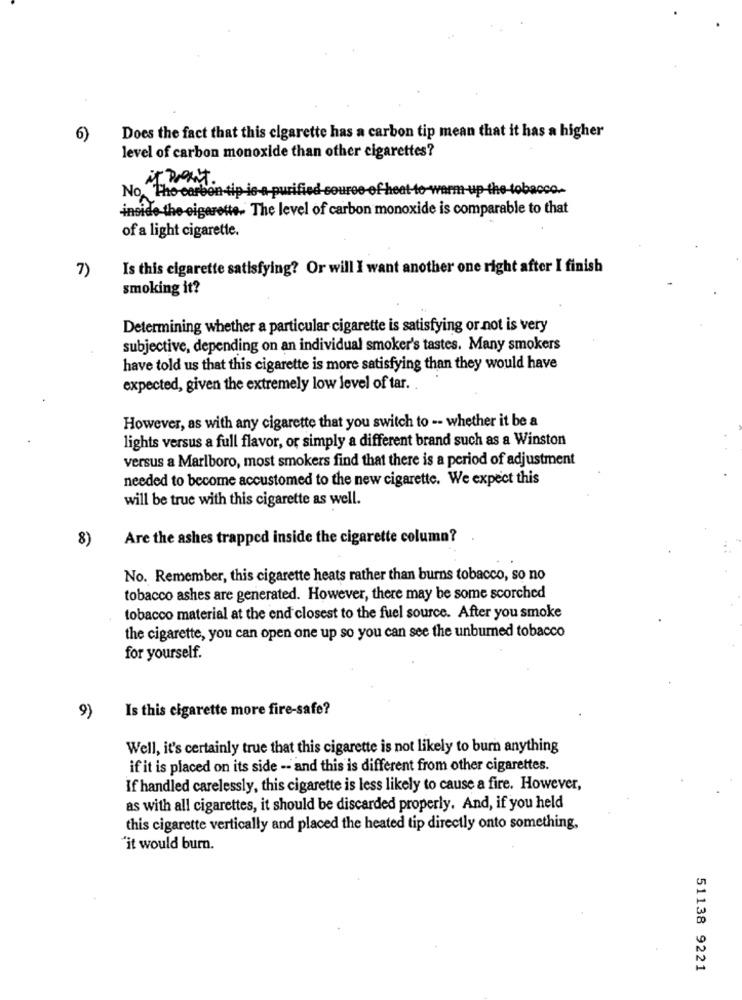
6)
Does the fact that this cigarette has a carbon tip mean that it has a higher
level of carbon monoxide than other cigarettes?
it won't
No, The carbon-tip-is-a-purified source of heat-to-warm-up the tobacco.
inside the -cigarette- The level of carbon monoxide is comparable to that
of a light cigarette.
Is this cigarette satisfying? Or will I want another one right after I finish
7)
smoking it?
Determining whether a particular cigarette is satisfying or not is very
subjective, depending on an individual smoker's tastes. Many smokers
have told us that this cigarette is more satisfying than they would have
expected, given the extremely low level of tar ..
However, as with any cigarette that you switch to -- whether it be a
lights versus a full flavor, or simply a different brand such as a Winston
versus a Marlboro, most smokers find that there is a period of adjustment
needed to become accustomed to the new cigarette. We expect this
will be true with this cigarette as well.
8)
Are the ashes trapped inside the cigarette column?
No. Remember, this cigarette heats rather than burns tobacco, so no
tobacco ashes are generated. However, there may be some scorched
tobacco material at the end closest to the fuel source. After you smoke
the cigarette, you can open one up so you can see the unburned tobacco
for yourself.
Is this cigarette more fire-safe?
9)
Well, it's certainly true that this cigarette is not likely to burn anything
if it is placed on its side -- and this is different from other cigarettes.
If handled carelessly, this cigarette is less likely to cause a fire. However,
as with all cigarettes, it should be discarded properly. And, if you held
this cigarette vertically and placed the heated tip directly onto something,
'it would burn.
51138 9221